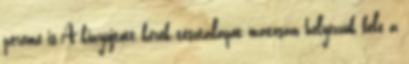
pereme is.A kinyújtott kerek tésztalapot óvatosan helyezzük bele a